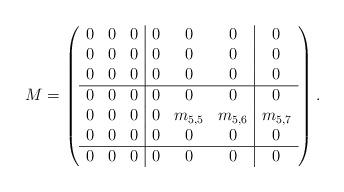
LaTeX: \begin{align*}M&=\left(\begin{array}{ccc|ccc|c}0 & 0& 0&0&0&0&0 \\0 & 0& 0&0&0&0&0 \\0 & 0& 0&0&0&0&0 \\\hline 0 & 0& 0&0&0&0&0 \\0&0&0&0&m_{5,5}&m_{5,6}&m_{5,7}\\0 & 0& 0&0&0&0&0 \\\hline0&0&0&0&0&0&0\end{array}\right).\end{align*}